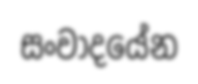
සංවාදයේන